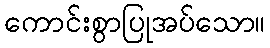
ကောင်းစွာပြုအပ်သော။